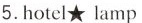
5.hotel★ lamp